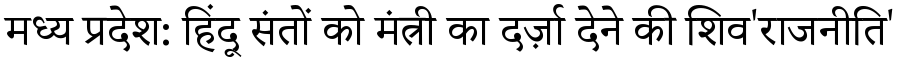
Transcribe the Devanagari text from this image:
मध्य प्रदेश: हिंदू संतों को मंत्री का दर्ज़ा देने की शिव'राजनीति'